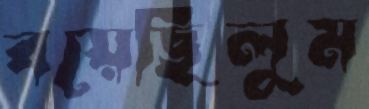
বয়েছিলুম